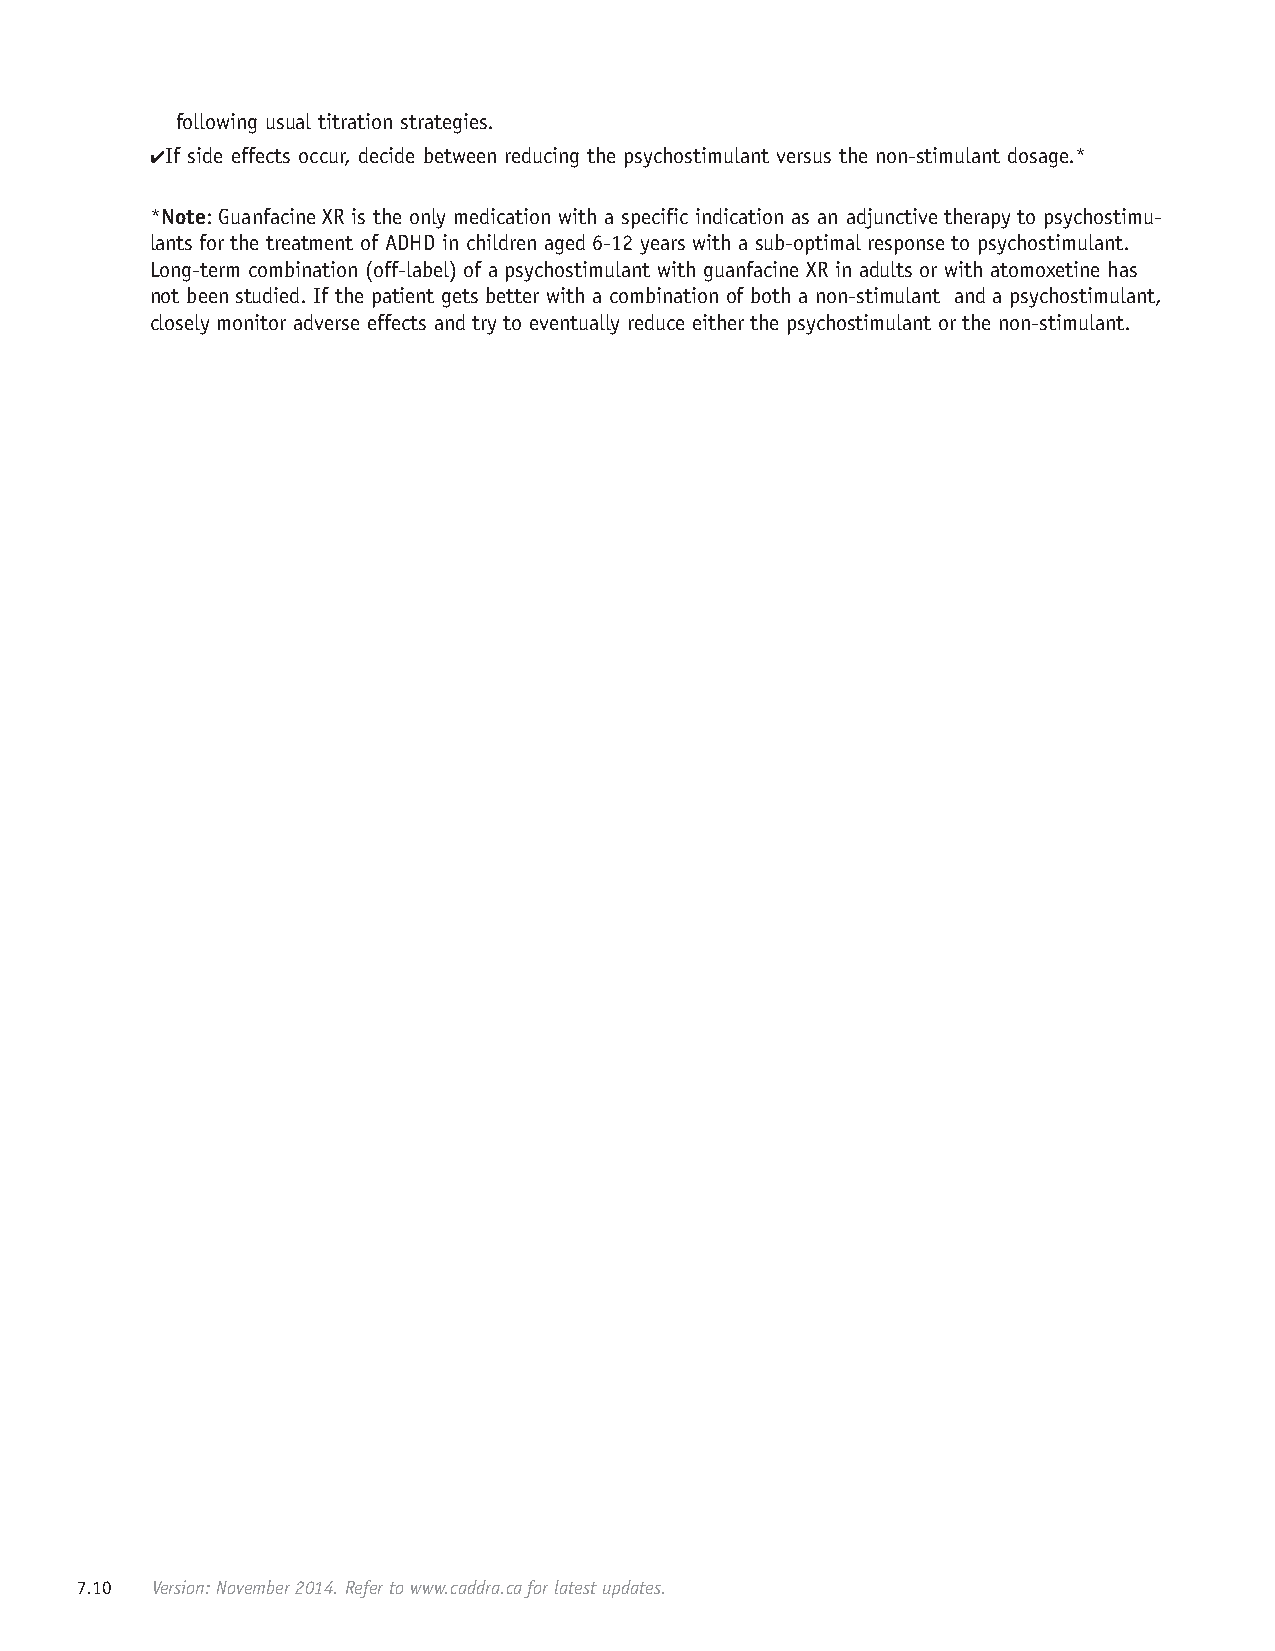
following usual titration strategies.
 4 If side effects occur, decide between reducing the psychostimulant versus the non-stimulant dosage.*
 *Note: Guanfacine XR is the only medication with a specific indication as an adjunctive therapy to psychostimu-
 lants for the treatment of ADHD in children aged 6-12 years with a sub-optimal response to psychostimulant.
 Long-term combination (off-label) of a psychostimulant with guanfacine XR in adults or with atomoxetine has
 not been studied. If the patient gets better with a combination of both a non-stimulant and a psychostimulant,
 closely monitor adverse effects and try to eventually reduce either the psychostimulant or the non-stimulant.
 7.10 Version: November 2014. Refer to www.caddra.ca for latest updates.